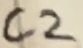
Text: C2